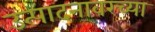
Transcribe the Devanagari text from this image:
उत्पादनावरच्या